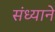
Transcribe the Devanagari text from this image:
संध्याने